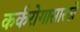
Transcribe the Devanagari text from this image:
कर्करोगासारखे